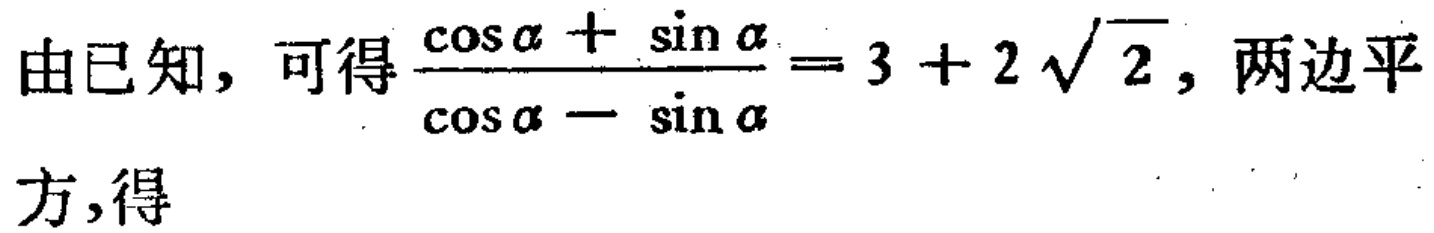
由已知，可得\(\frac{\cos\alpha + \sin\alpha}{\cos\alpha - \sin\alpha}=3 + 2\sqrt{2}\)，两边平方，得